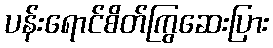
ပန်းရောင်စိတ်ကြွဆေးပြား